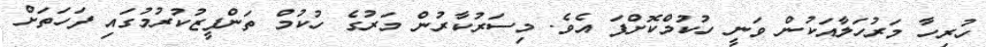
ހުރިހާ މަރުހަލާއަކުން ވަނީ ހުކުމްކޮށްފަ އެވެ. މިސަރުކާރުން މަރުގެ ހުކުމް ތަންފީޒުކުރުމުގައި ފަހަތަށް